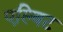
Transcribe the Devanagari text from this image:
एल्बिट